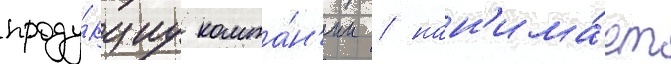
проду́кциу компа́н'ии / нан'има́ет